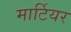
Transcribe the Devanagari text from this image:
मार्टियर